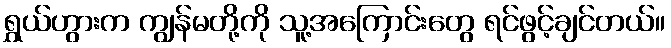
ရွှယ်ဟွားက ကျွန်မတို့ကို သူ့အကြောင်းတွေ ရင်ဖွင့်ချင်တယ်။